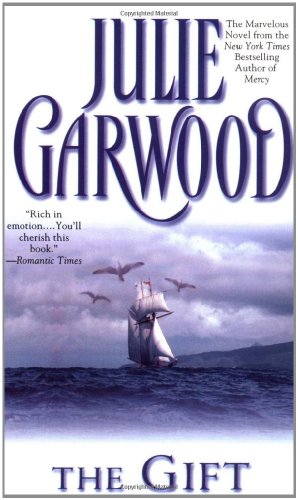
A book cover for The Gift; Julie Garwood; Romance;